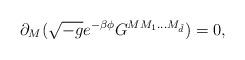
LaTeX: \begin{align*}\partial _{M}(\sqrt{-g}e^{-\beta \phi}G^{MM_{1}...M_{{\tilde d}}})=0, \end{align*}